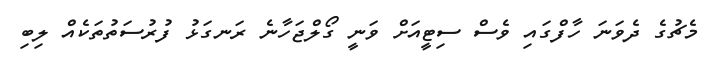
މެޗުގެ ދެވަނަ ހާފްގައި ވެސް ސިޓީއަށް ވަނީ ގޯލްޖަހާނެ ރަނގަޅު ފުރުސަތުތަކެއް ލިބި